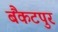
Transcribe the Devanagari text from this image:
बैंकटपुर